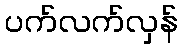
ပက်လက်လှန်